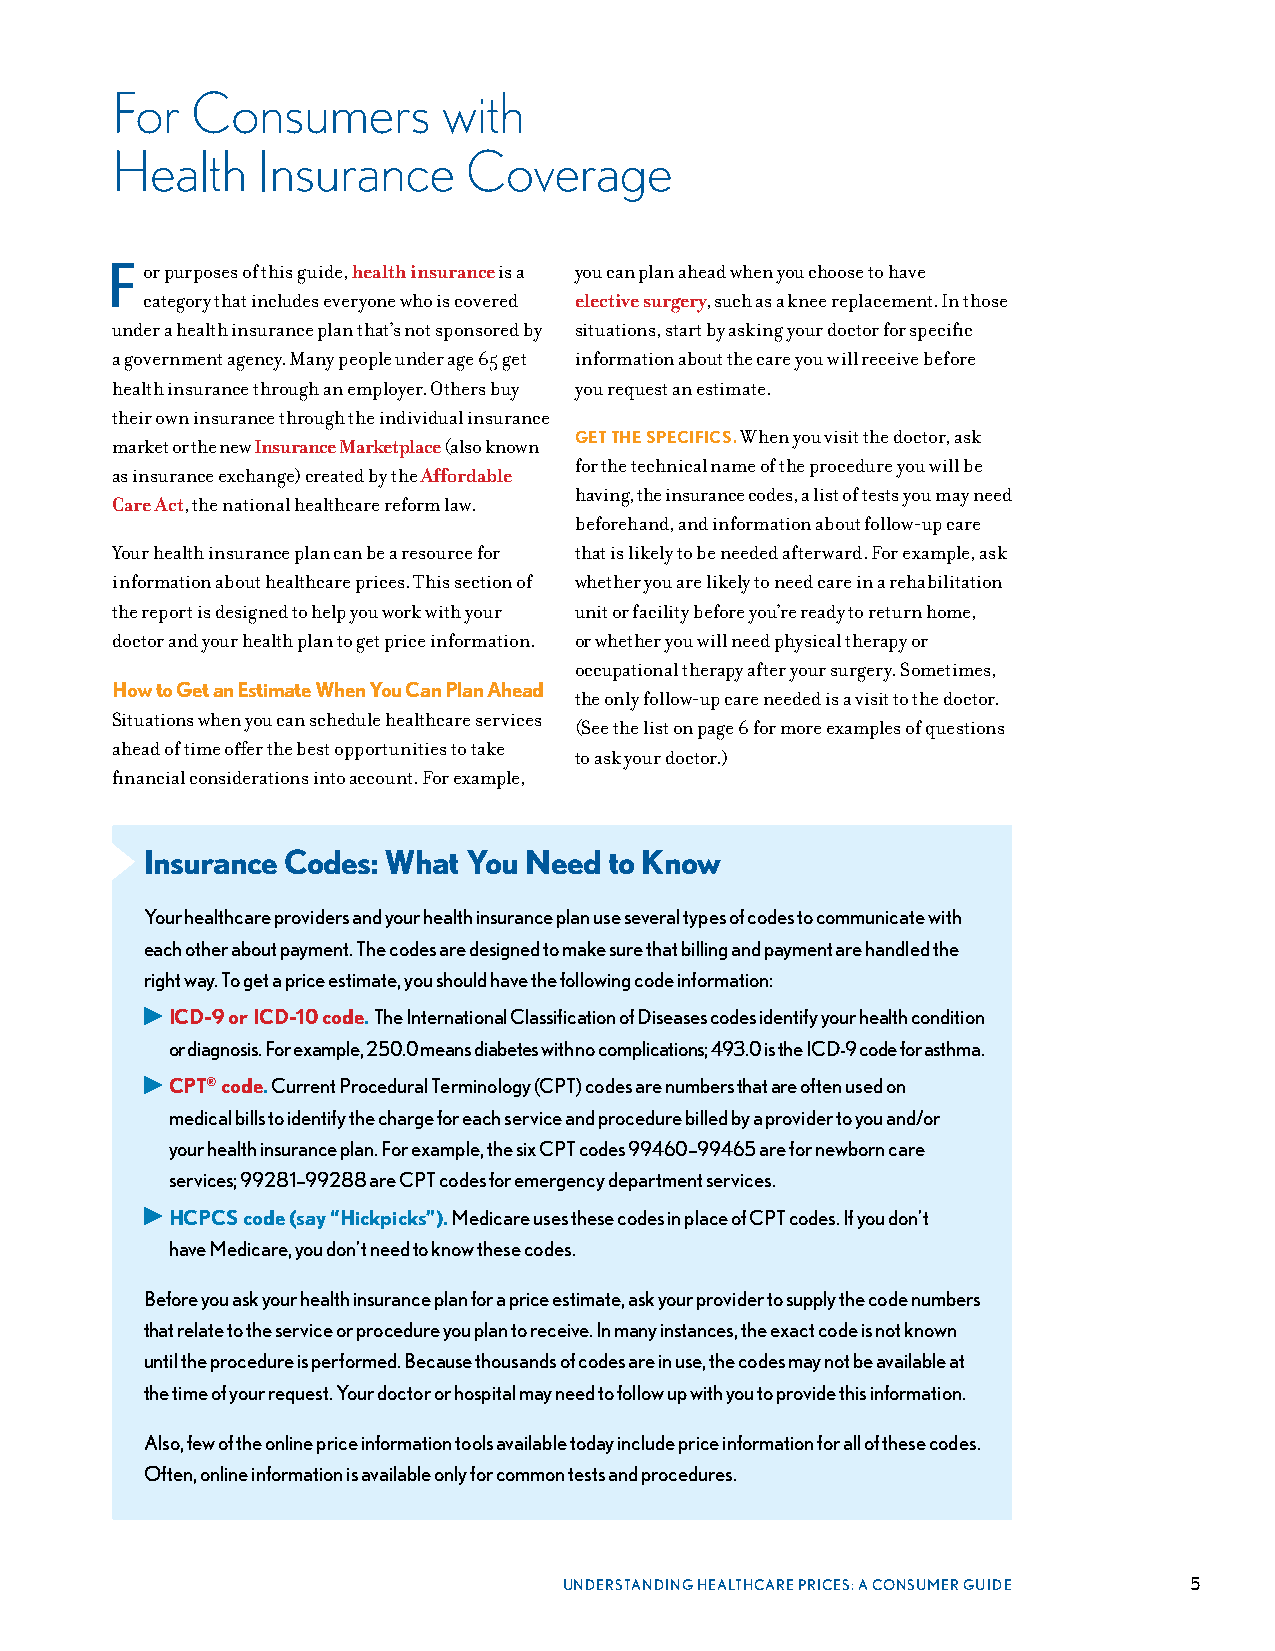
For   Consumers       with
 Health    Insurance     Coverage
 For purposes of this guide, health insurance is a you can plan ahead when you choose to have
 category that includes everyone who is covered elective surgery, such as a knee replacement . In those
 under a health insurance plan that’s not sponsored by situations, start by asking your doctor for specific
 a government agency . Many people under age 65 get information about the care you will receive before
 health insurance through an employer . Others buy you request an estimate .
 their own insurance through the individual insurance
 GET THE SPECIFICS. When you visit the doctor, ask
 market or the new Insurance Marketplace (also known
 for the technical name of the procedure you will be
 as insurance exchange) created by the Affordable
 having, the insurance codes, a list of tests you may need
 Care Act, the national healthcare reform law .
 beforehand, and information about follow-up care
 Your health insurance plan can be a resource for that is likely to be needed afterward . For example, ask
 information about healthcare prices . This section of whether you are likely to need care in a rehabilitation
 the report is designed to help you work with your unit or facility before you’re ready to return home,
 doctor and your health plan to get price information . or whether you will need physical therapy or
 occupational therapy after your surgery . Sometimes,
 How to Get an Estimate When You Can Plan Ahead
 the only follow-up care needed is a visit to the doctor .
 Situations when you can schedule healthcare services
 (See the list on page 6 for more examples of questions
 ahead of time offer the best opportunities to take
 to ask your doctor .)
 financial considerations into account . For example,
 Insurance Codes: What You Need to Know
 Your healthcare providers and your health insurance plan use several types of codes to communicate with
 each other about payment. The codes are designed to make sure that billing and payment are handled the
 right way. To get a price estimate, you should have the following code information:
 ▶ ICD-9 or ICD-10 code. The International Classification of Diseases codes identify your health condition
 or diagnosis. For example, 250.0 means diabetes with no complications; 493.0 is the ICD-9 code for asthma.
 ▶ CPT® code. Current Procedural Terminology (CPT) codes are numbers that are often used on
 medical bills to identify the charge for each service and procedure billed by a provider to you and/or
 your health insurance plan. For example, the six CPT codes 99460–99465 are for newborn care
 services; 99281–99288 are CPT codes for emergency department services.
 ▶ HCPCS code (say “Hickpicks”). Medicare uses these codes in place of CPT codes. If you don’t
 have Medicare, you don’t need to know these codes.
 Before you ask your health insurance plan for a price estimate, ask your provider to supply the code numbers
 that relate to the service or procedure you plan to receive. In many instances, the exact code is not known
 until the procedure is performed. Because thousands of codes are in use, the codes may not be available at
 the time of your request. Your doctor or hospital may need to follow up with you to provide this information.
 Also, few of the online price information tools available today include price information for all of these codes.
 Often, online information is available only for common tests and procedures.
 UNDERSTANDING HEALTHCARE PRICES: A CONSUMER GUIDE 5